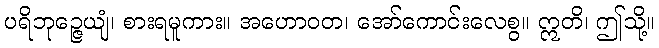
ပရိဘုဉ္ဇေယျံ၊ စားရမူကား။ အဟောဝတ၊ အော်ကောင်းလေစွ။ ဣတိ၊ ဤသို့။